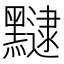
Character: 𪒡